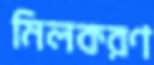
মিলকরণ